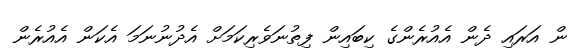
ން އަރައި ދެން އެއުރެންގެ ކިބައިން ފިތުނަވެރިކަމަށް އެދުނުނަމަ އެކަން އެއުރެން